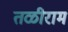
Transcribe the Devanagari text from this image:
तळीराम